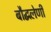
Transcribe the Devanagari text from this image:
बौद्घलेणी